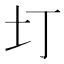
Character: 圢